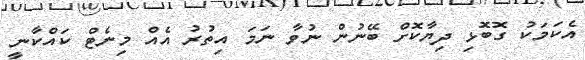
އެކަމަކު ގޮބޮޅި ދިޔާކޮށް ބޭނުން ނުވާ ނަމަ އިތުުރު އެއް މިނެޓް ކައްކާނީ